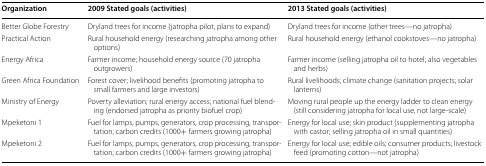
| Organization | 2009 Stated goals (activities) | 2013 Stated goals (activities) |
 | --- | --- | --- |
 | Better Globe Forestry | Dryland trees for income (jatropha pilot, plans to expand) | Dryland trees for income (other trees—no jatropha) |
 | Practical Action | Rural household energy (researching jatropha among other options) | Rural household energy (ethanol cookstoves—no jatropha) |
 | Energy Africa | Farmer income; household energy source (70 jatropha outgrowers) | Farmer income (selling jatropha oil to hotel; also vegetables and herbs) |
 | Green Africa Foundation | Forest cover; livelihood benefits (promoting jatropha to small farmers and large investors) | Rural livelihoods; climate change (sanitation projects; solar lanterns) |
 | Ministry of Energy | Poverty alleviation; rural energy access; national fuel blending (endorsed jatropha as priority biofuel crop) | Moving rural people up the energy ladder to clean energy (still considering jatropha for local use, not large-scale) |
 | Mpeketoni 1 | Fuel for lamps, pumps, generators, crop processing, transportation; carbon credits (1000+ farmers growing jatropha) | Energy for local use; skin product (supplementing jatropha with castor; selling jatropha oil in small quantities) |
 | Mpeketoni 2 | Fuel for lamps, pumps, generators, crop processing, transportation; carbon credits (1000+ farmers growing jatropha) | Energy for local use; edible oils; consumer products; livestock feed (promoting cotton—not jatropha) |